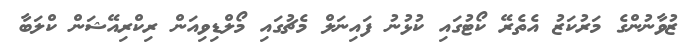
ޒުވާނުންގެ މަރުކަޒު އެތެރޭ ކޯޓުގައި ކުޅުނު ފައިނަލް މެޗުގައި މޯލްޑިވިއަން ރިކްރިއޭޝަން ކްލަބާ